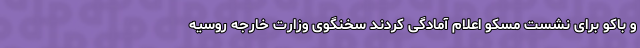
و باکو برای نشست مسکو اعلام آمادگی کردند سخنگوی وزارت خارجه روسیه